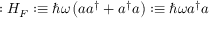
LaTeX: : H _ { F } : \equiv \hbar \omega \left( a a ^ { \dagger } + a ^ { \dagger } a \right) : \equiv \hbar \omega a ^ { \dagger } a